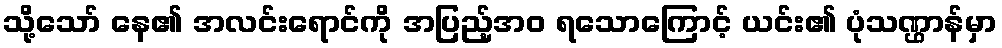
သို့သော် နေ၏ အလင်းရောင်ကို အပြည့်အဝ ရသောကြောင့် ယင်း၏ ပုံသဏ္ဌာန်မှာ